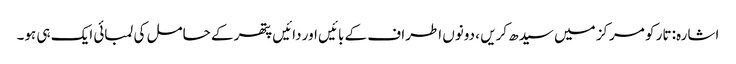
اشارہ: تار کو مرکز میں سیدھ کریں ، دونوں اطراف کے بائیں اور دائیں پتھر کے حامل کی لمبائی ایک ہی ہو۔